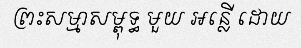
ព្រះសម្មាសម្ពុទ្ធ មួយ អន្លើ ដោយ